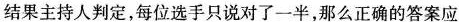
结果主持人判定，每位选手只说对了一半，那么正确的答案应